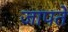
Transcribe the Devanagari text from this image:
जापते